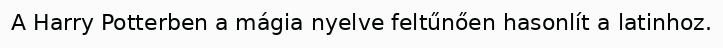
A Harry Potterben a mágia nyelve feltűnően hasonlít a latinhoz.